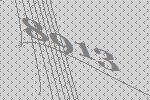
8913